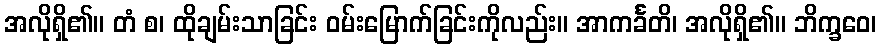
အလိုရှိ၏။ တံ စ၊ ထိုချမ်းသာခြင်း ဝမ်းမြောက်ခြင်းကိုလည်း။ အာကင်္ခတိ၊ အလိုရှိ၏။ ဘိက္ခဝေ၊